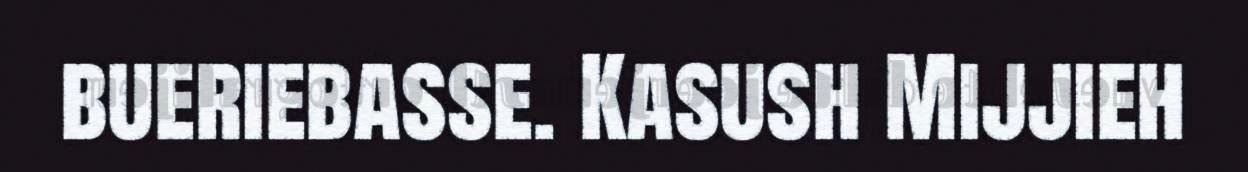
bueriebasse. Kasush Mijjieh